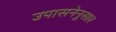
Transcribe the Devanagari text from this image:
उपासनेनुसार